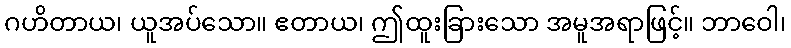
ဂဟိတာယ၊ ယူအပ်သော။ ဧတာယ၊ ဤထူးခြားသော အမူအရာဖြင့်။ ဘာဝေါ၊